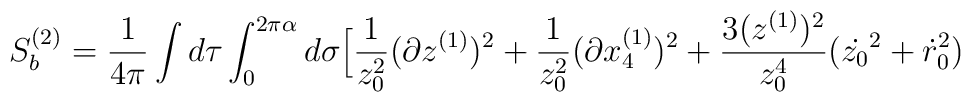
S_b^{(2)}={1\over 4\pi}\int d\tau \int_0^{2\pi \alpha}d\sigma \Big[{1\over z_0^2}(\partial z^{(1)})^2 +{1\over z_0^2}(\partial x_4^{(1)})^2+ {3(z^{(1)})^2\over z_0^4}(\dot{z_0}^2 + \dot{r}_0^2 )